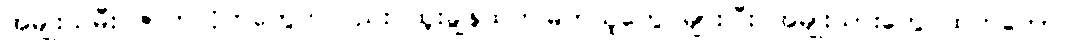
အမျိုးသမီး ဇာတ်လိုက်တွေကလည်း ထူးချွန်ထက်မြက်သူတွေ များပြီး အမျိုးသားတွေ ထက်တောင်